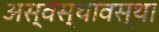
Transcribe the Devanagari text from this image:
अस्वस्थावस्था